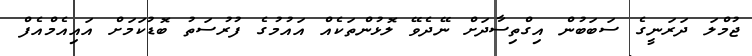
ޖުމްލަ ދަރަނީގެ ސަބަބުން އިގްތިސާދަށް ނޭދެވޭ ލޮޅުންތަކެއް އައުމުގެ ފުރުސަތު ބޮޑުކަމަށް އައިއެމްއެފް